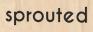
sprouted